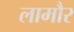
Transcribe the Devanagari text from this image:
लामौर